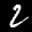
Label: 2